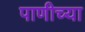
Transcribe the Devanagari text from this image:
पाणीच्या